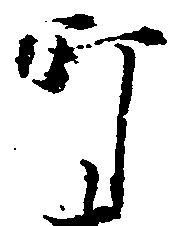
町